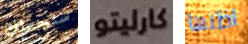
ستجعلك كارليتو اظنها